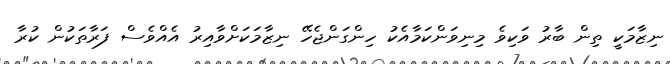
ނިޒާމަކީ ތިން ބާރު ވަކިވެ މިނިވަންކަމާއެކު ހިންގަންޖެހޭ ނިޒާމަކަށްވާއިރު އެއްވެސް ފަރާތަކުން ކުރާ